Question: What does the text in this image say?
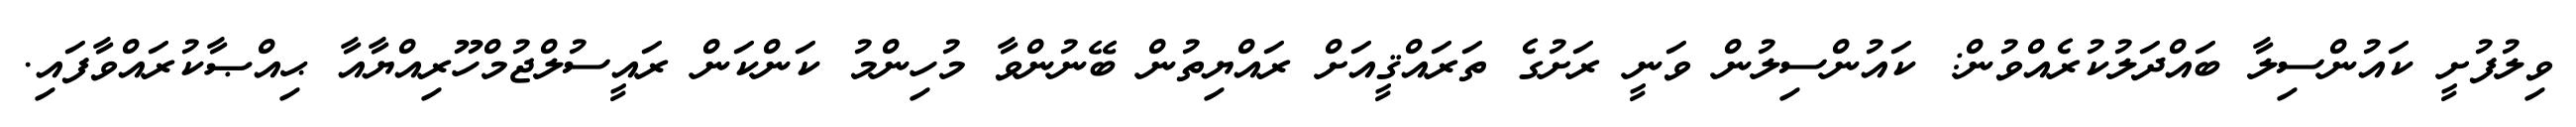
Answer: ވިލުފުށީ ކައުންސިލާ ބައްދަލުކުރެއްވުން: ކައުންސިލުން ވަނީ ރަށުގެ ތަރައްޤީއަށް ރައްޔިތުން ބޭނުންވާ މުހިންމު ކަންކަން ރައީސުލްޖުމްހޫރިއްޔާއާ ޙިއްޞާކުރައްވާފައި.